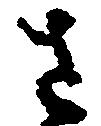
さ